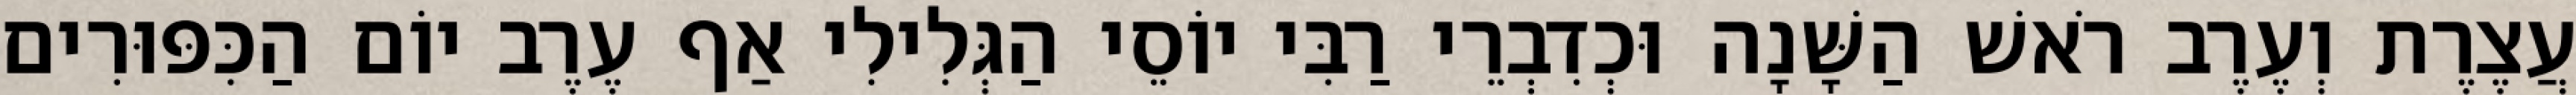
עֲצֶרֶת וְעֶרֶב רֹאשׁ הַשָּׁנָה וּכְדִבְרֵי רַבִּי יוֹסֵי הַגְּלִילִי אַף עֶרֶב יוֹם הַכִּפּוּרִים